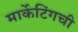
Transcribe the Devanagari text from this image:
मार्केटिंगची